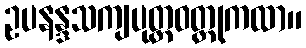
ဥပနန္ဒသကျပုတ္တဝတ္ထုကထာ။